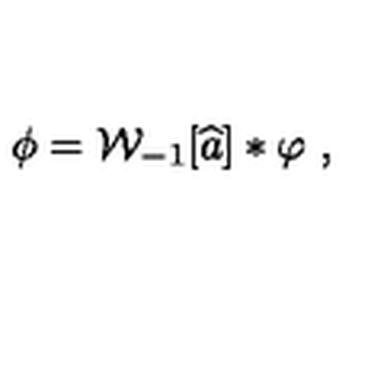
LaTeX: \phi = { \cal W } _ { - 1 } [ \widehat { a } ] \ast \varphi \ ,